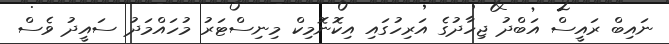
ނައިބް ރައީސް އަބްދު ޖިހާދުގެ އަރިހުގައި އިކޮނޮމިކް މިނިސްޓަރު މުހައްމަދު ސައީދު ވެސް